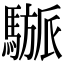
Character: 𩥜